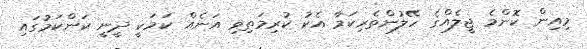
މިއިން ކޮންމެ ޖީލެއްގެ ހޭލުންތެރިކަމާ އެކު ކުރިމަތިވި އަނެއް ކަމަކީ ދީނީ ކަންކަމުގައި